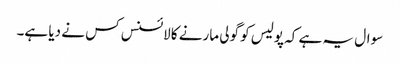
سوال یہ ہے کہ پولیس کو گولی مارنے کا لائسنس کس نے دیا ہے۔